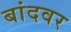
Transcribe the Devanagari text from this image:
बांदवर